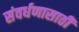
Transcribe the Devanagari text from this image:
संवर्धणासाठी